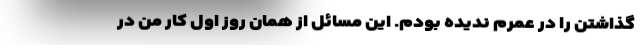
گذاشتن را در عمرم ندیده بودم. این مسائل از همان روز اول کار من در